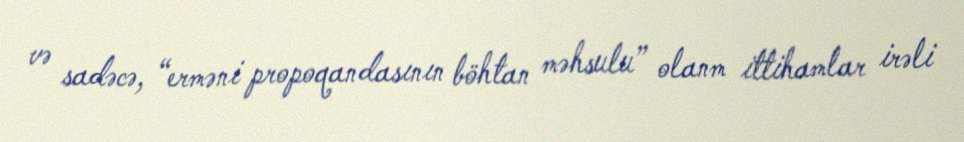
və sadəcə, “erməni propoqandasının böhtan məhsulu” olanm ittihamlar irəli